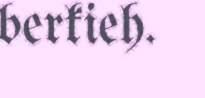
berkieh.